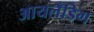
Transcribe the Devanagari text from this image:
आयलँडिग